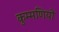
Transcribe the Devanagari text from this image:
कुम्मणियों